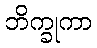
ဘိက္ခုကာ